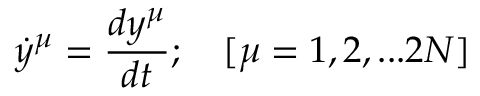
{ \dot { y } } ^ { \mu } = { \frac { d y ^ { \mu } } { d t } } ; \quad [ \mu = 1 , 2 , . . . 2 N ]